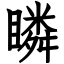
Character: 瞵